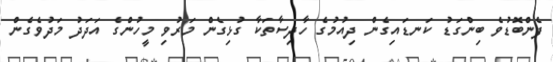
ފެންބޮޑުވެ ބިންގަޑު ކަނޑައިގެން ދިއުމުގެ ހާދިސާތަކާ ގުޅިގެން މަރުވި މީހުންގެ އަދަދު މަދުވެގެން